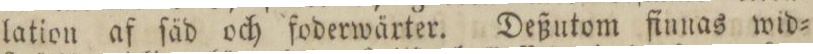
lation af ſäd och foderwärter. Deßutom finnas wid=